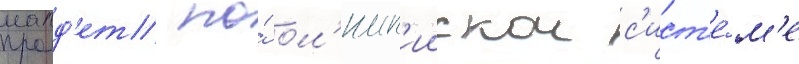
проид'ет по́ ол'имп'иискои с'ист'е́м'е